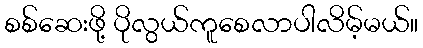
စစ်ဆေးဖို့ ပိုလွယ်ကူစေလာပါလိမ့်မယ်။